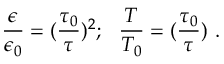
{ \frac { \epsilon } { \epsilon _ { 0 } } } = ( { \frac { \tau _ { 0 } } { \tau } } ) ^ { 2 } ; ~ ~ { \frac { T } { T _ { 0 } } } = ( { \frac { \tau _ { 0 } } { \tau } } ) ~ .